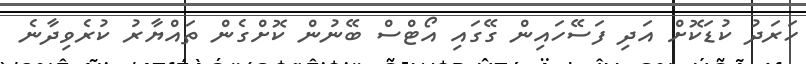
ހަރަދު ކުޑަކޮށް އަދި ފަސޭހައިން ގޭގައި އޯޓްސް ބޭނުން ކޮށްގެން ތައްޔާރު ކުރެވިދާނެ